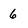
Character: 6